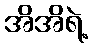
အိအိရဲ့